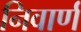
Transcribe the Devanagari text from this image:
निवार्ण